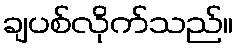
ချပစ်လိုက်သည်။